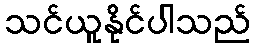
သင်ယူနိုင်ပါသည်